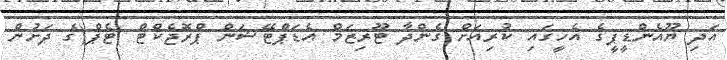
އަދި ޔޫއެންޑީޕީގެ އެހީގައި ކުރިއަށް ގެންދާ ޓޫރިޒަމް އެޑަޕްޓޭޝަން ޕްރޮޖެކްޓް )ޓެޕް(ގެ ދަށުން